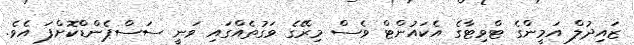
ޒައިދުލް އަމީންގެ ޓްވިޓާގެ އެކައުންޓް ވެސް މިރޭގެ ވަގުތެއްގައި ވަނީ ސަސްޕެންޑްކޮށްފަ އެވެ.